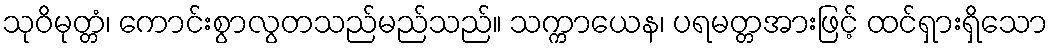
သုဝိမုတ္တံ၊ ကောင်းစွာလွတသည်မည်သည်။ သက္ကာယေန၊ ပရမတ္တအားဖြင့် ထင်ရှားရှိသော